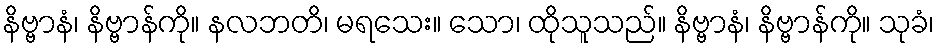
နိဗ္ဗာနံ၊ နိဗ္ဗာန်ကို။ နလဘတိ၊ မရသေး။ သော၊ ထိုသူသည်။ နိဗ္ဗာနံ၊ နိဗ္ဗာန်ကို။ သုခံ၊